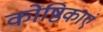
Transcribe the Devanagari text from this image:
कोष्ठिकाएं